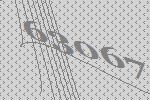
63067